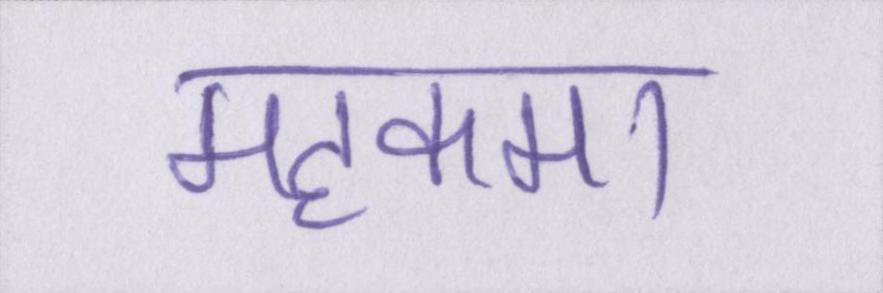
महकमा